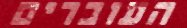
העוברים